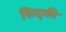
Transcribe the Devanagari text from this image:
सिद्की